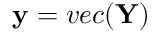
\mathbf { y } = v e c ( \mathbf { Y } )